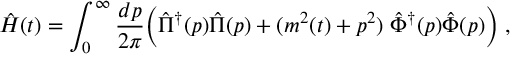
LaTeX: \hat { H } ( t ) = \int _ { 0 } ^ { \infty } { \frac { d p } { 2 \pi } } \Big ( \hat { \Pi } ^ { \dagger } ( p ) \hat { \Pi } ( p ) + ( m ^ { 2 } ( t ) + p ^ { 2 } ) \; \hat { \Phi } ^ { \dagger } ( p ) \hat { \Phi } ( p ) \Big ) \; ,